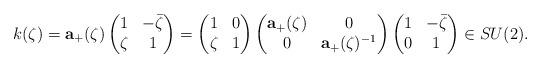
LaTeX: \begin{align*}k(\zeta)=\mathbf a_+(\zeta)\begin{pmatrix}1&-\bar{\zeta}\\\zeta&1\end{pmatrix}=\begin{pmatrix}1&0\\\zeta&1\end{pmatrix}\begin{pmatrix}\mathbf a_+(\zeta)&0\\0&\mathbf a_+(\zeta)^{-1}\end{pmatrix}\begin{pmatrix}1&-\bar{\zeta}\\0&1\end{pmatrix} \in SU(2).\end{align*}